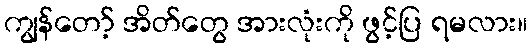
ကျွန်တော့် အိတ်တွေ အားလုံးကို ဖွင့်ပြ ရမလား။